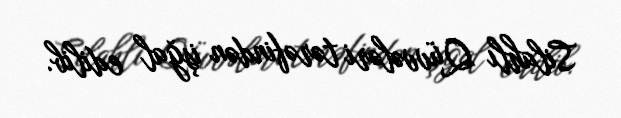
Silahlı Qüvvələri tərəfindən işğal edilib.